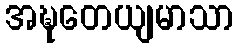
အဍ္ဎတေယျမာသာ